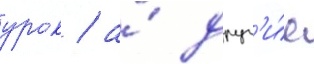
урок / а́ друг'и́е